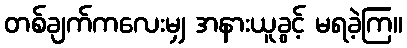
တစ်ချက်ကလေးမျှ အနားယူခွင့် မရခဲ့ကြ။